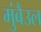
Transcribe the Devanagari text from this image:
मुंबैउल